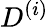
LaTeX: D^{(i)}